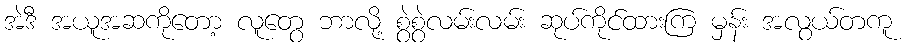
အဲဒီ အယူအဆကိုတော့ လူတွေ ဘာလို့ စွဲစွဲလမ်းလမ်း ဆုပ်ကိုင်ထားကြ မှန်း အလွယ်တကူ